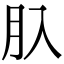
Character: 𦘲